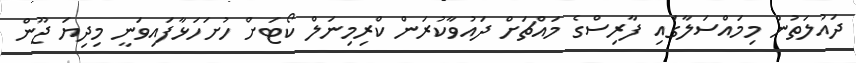
ދައުލަތުން މިމައްސަލާގައި ފާރިސްގެ މައްޗަށް ދައުވާކުރަން ކްރިމިނަލް ކޯޓަށް ހުށަހަޅާފައިވަނީ މިދިޔަ ޖޫން